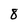
Character: 8